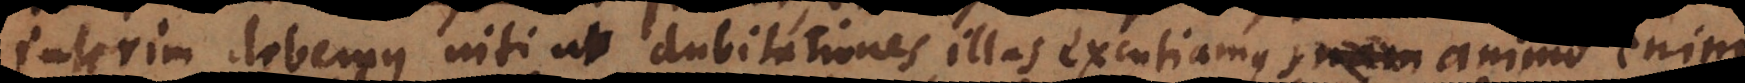
Interim debemus niti ut dubitationes illas excutiamus, animo eni